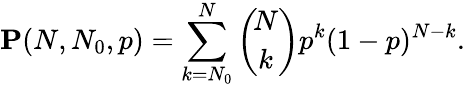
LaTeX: \mathbf{P}(N,N_{0},p)=\sum_{k=N_{0}}^{N}\binom{\! N}{\! k}p^{k}(1-p)^{N-k}.